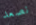
نصعد